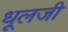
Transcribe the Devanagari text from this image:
धूलजी